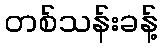
တစ်သန်းခန့်